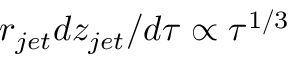
r _ { j e t } d z _ { j e t } / d \tau \propto \tau ^ { 1 / 3 }